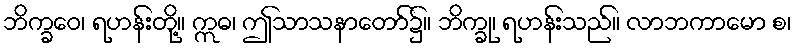
ဘိက္ခဝေ၊ ရဟန်းတို့။ ဣဓ၊ ဤသာသနာတော်၌။ ဘိက္ခု၊ ရဟန်းသည်။ လာဘကာမော စ၊